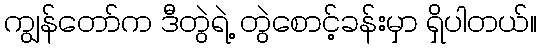
ကျွန်တော်က ဒီတွဲရဲ့ တွဲစောင့်ခန်းမှာ ရှိပါတယ်။